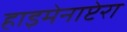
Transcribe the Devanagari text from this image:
हाइमेनाप्टेरा